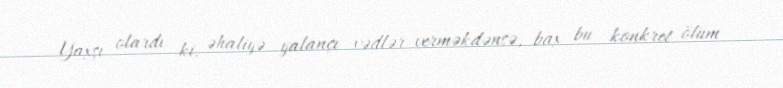
Yaxşı olardı ki, əhaliyə yalançı vədlər verməkdənsə, bax bu konkret ölüm